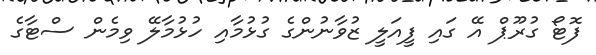
ފޮޓޯ ގުރޫޕް އޭ ގައި ފީއަލީ ޒުވާނުންގެ ގުޅުމާއި ހުޅުމާލޭ ވިމެން ސްޓާގެ